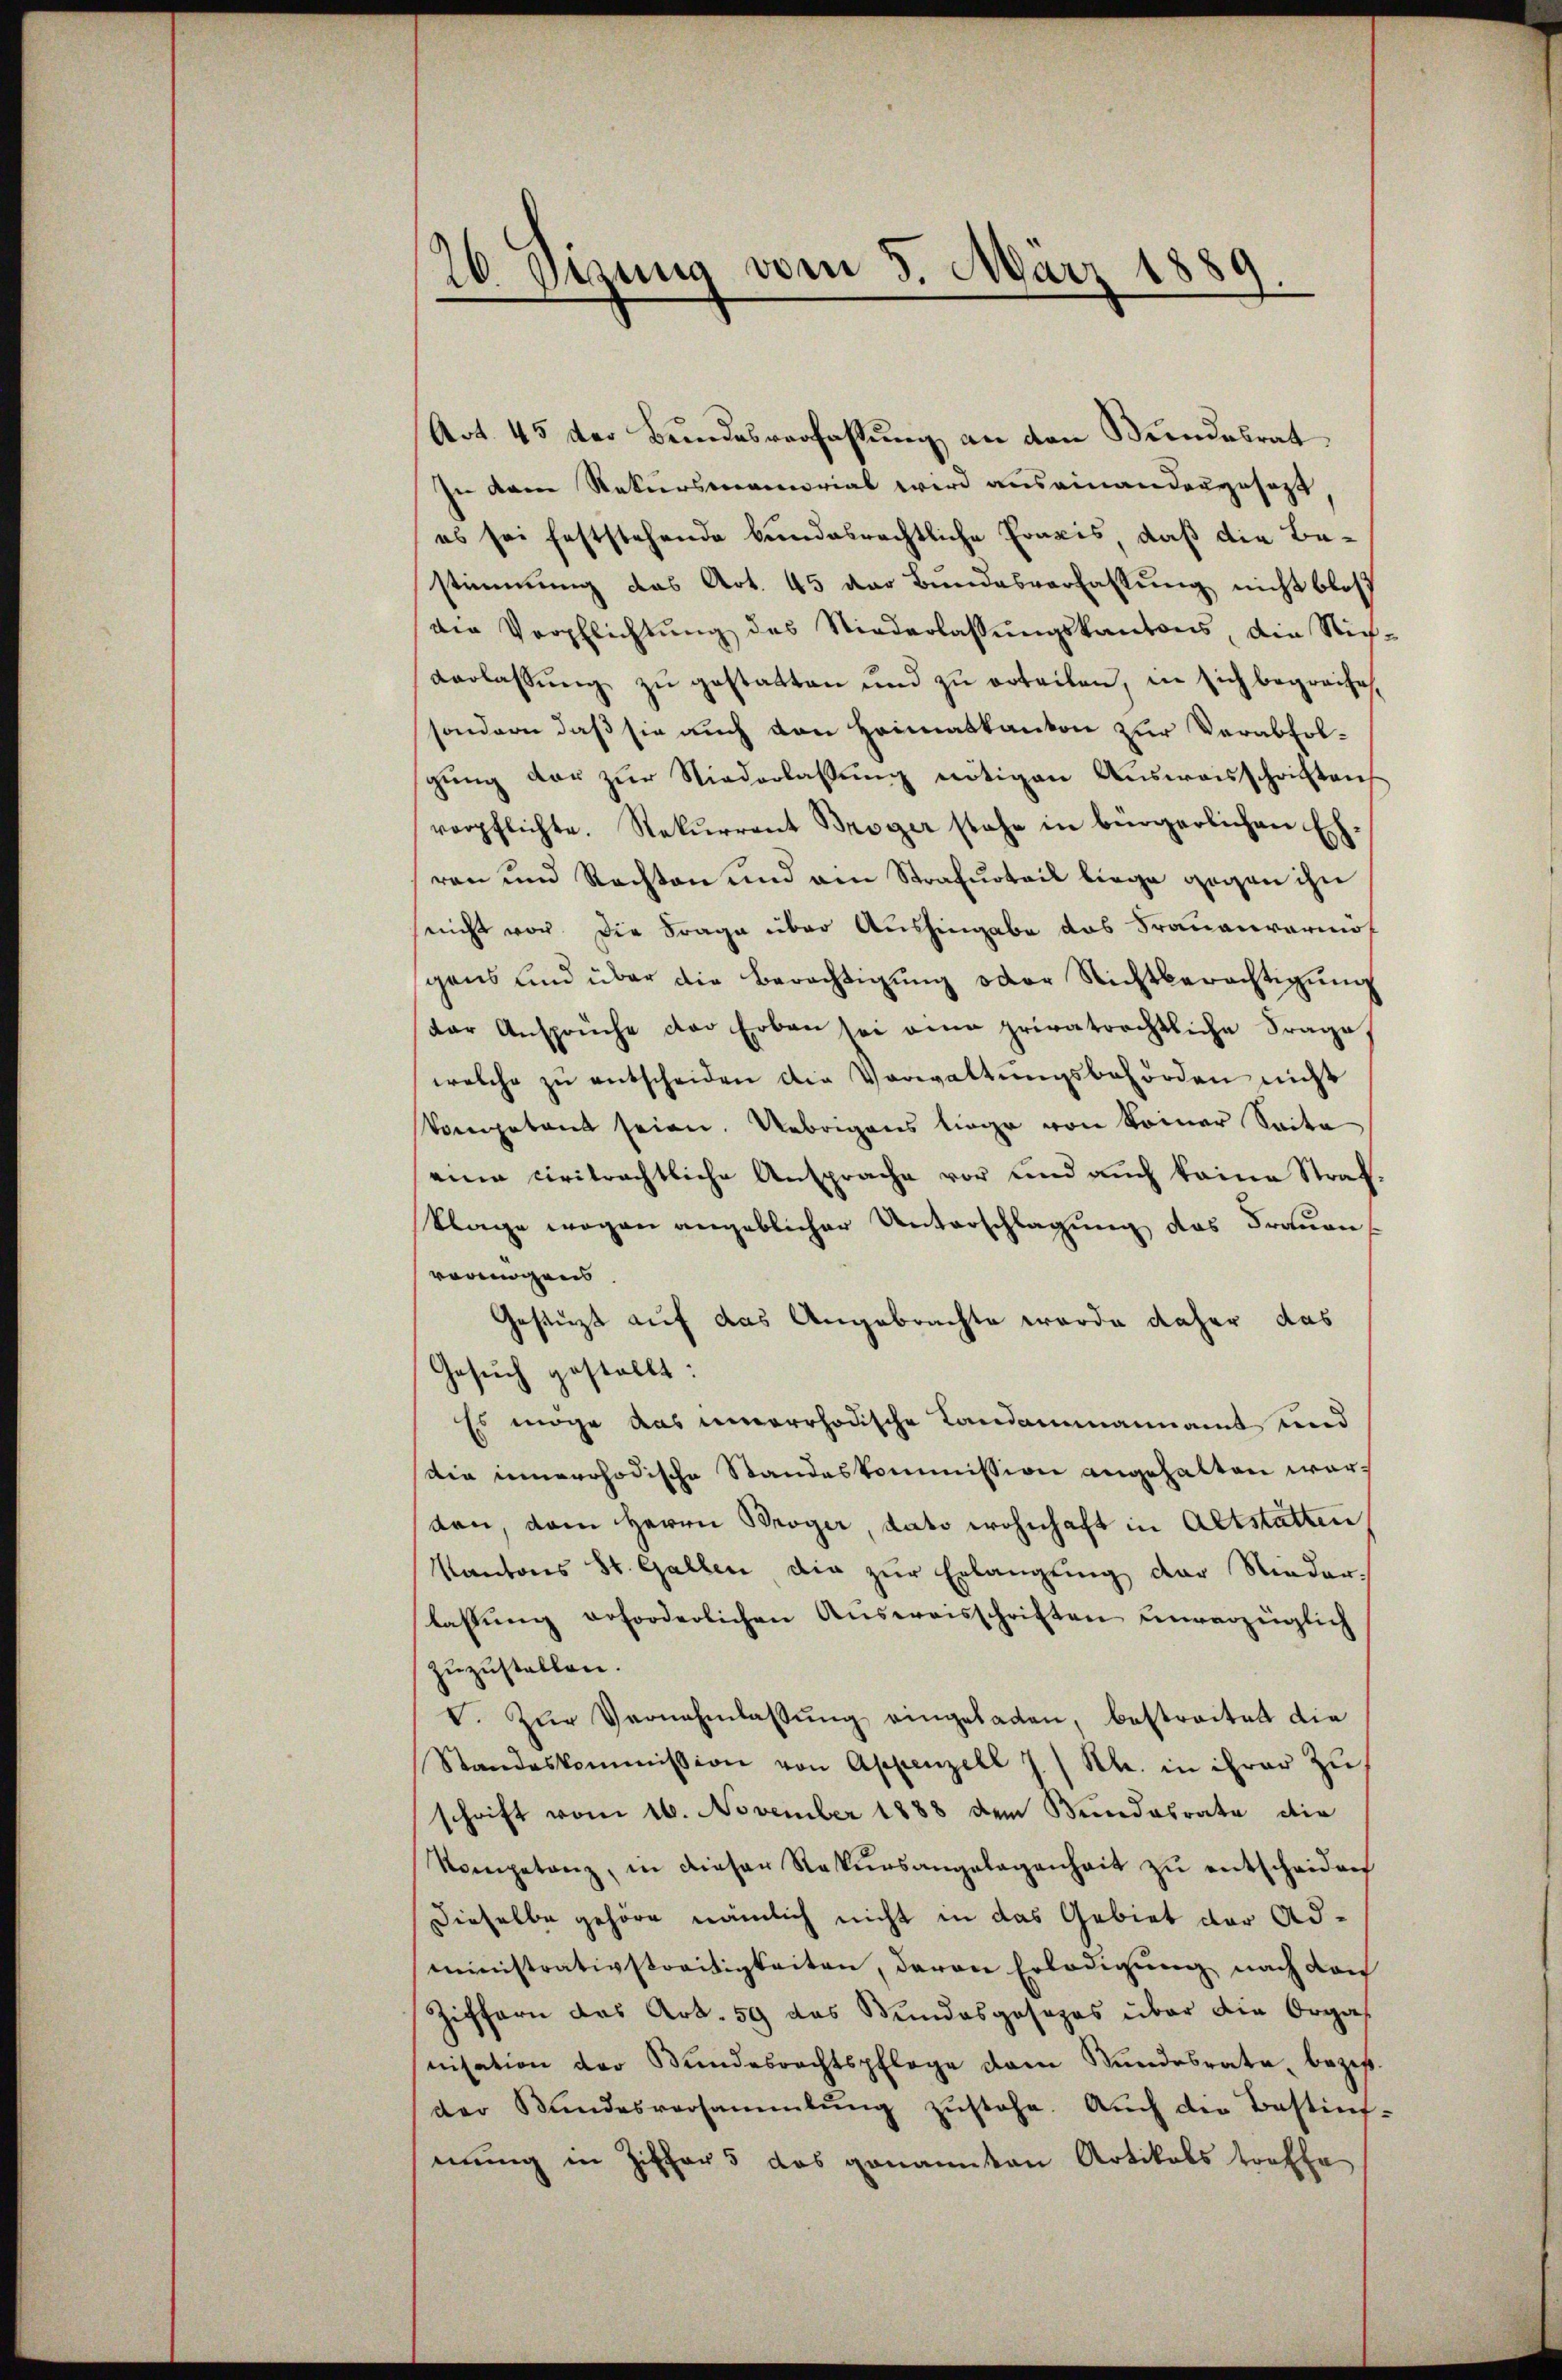
20 etzung vom 3. März 1889.

Art. 45 der Bundesverfassung an den Bundesrat
In dem Rekursmemorial wird auseinandesgesezt,
es sei feststehende bundesrechtliche Praxis, daß die Bestimmung das Art. 45 der Bundesverfassung nicht bloß
die Verpflichtŭng des Niederlassŭngskantons, ain Stig-
verlassŭng zŭ gestatten und zŭ erteilen, in sich begreife,
sondern daß sie auch den Heimatkanton zur Verabfolgung der zur Niederlassung nötigen Ausweisschriftens
verpflichte. Rekurrent Broger stehe in bürgerlichen Eh-
ren und Rechten und am Strafurteil liege gegen ihn
snicht vor die Frage über Aushingabe das Frauenvermogens und über die Berechtigung oder Richtberechtigung
dar Ansprüche der Erben sei ein privatrechtliche Frage
welche zŭ entscheiden die Verwaltungsbehörden nicht
kompetent seien. Uebrigens liege von keiner Seite
eine civitrachtliche Ansprache vor und auch keine Straf¬
Klage wegen angeblicher Unterschlagung des Frauens
vermögens
Gestüzt auf das Angebrachte werde daher das
Gesuch gestellt:
Es möge das unerrhodische Landammannamt und
Die innerrhodische Standeskommission angehalten wordan, dem Herrn Broger, dato wohnhaft in Altstatten
Kantons St. Gallen die zur Erlangung der Nieder-
lassŭng erforderlichen Aŭsweisschriften unverzüglich
zŭzŭstellen.
V. Zŭr Vernehmlassŭng eingeladen, bestreitet die
Standeskommission von Appenzell J.) Kl. in ihrer zu
schrift vom 16. November 1888 dem Bundesrate die
Kompetanz, in dieser Rekursangelegenheit zu entscheiden
Dieselbe gehöre nämlich nicht in das Gebiet der Administrativstreitigkeiten, davon Erledigung nach den
Ziffern das Art. 59 das Bundesgesezes über die Orgas
nisation der Bundesrechtspflege dem Stŭndesrate, bezif.
der Bŭndesversammlung zŭstehe. Auch die Bestiṁf-
mung in Ziffer 5 das genannten Artikals treffe